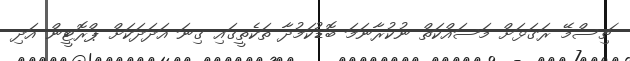
ޗިސްމޭ ރަގަޅަށް މަސައްކަތް ނުކުރާނަމަ ބޮޑުކަމުދާ ތަކެތީގައި ގިނަ އަދަދަކަށް ޕްރޮޓީން އަދި